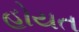
હોયત